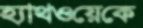
হ্যাথওয়েকে